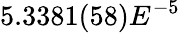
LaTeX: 5.3381(58)E^{-5}